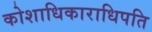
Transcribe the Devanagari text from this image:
कोशाधिकाराधिपति